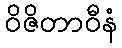
ဝိဇိတာဝီနံ